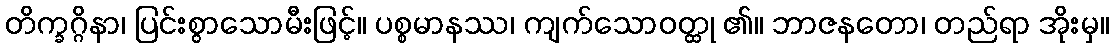
တိက္ခဂ္ဂိနာ၊ ပြင်းစွာသောမီးဖြင့်။ ပစ္စမာနဿ၊ ကျက်သောဝတ္ထု ၏။ ဘာဇနတော၊ တည်ရာ အိုးမှ။